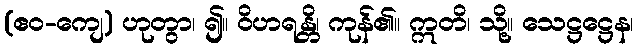
(ဧဝ-ကျေ) ဟုတွာ၊ ၍။ ဝိဟရန္တိ၊ ကုန်၏။ ဣတိ၊ သို့။ သေဋ္ဌဋ္ဌေန၊